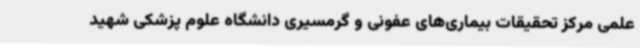
علمی مرکز تحقیقات بیماری‌های عفونی و گرمسیری دانشگاه علوم پزشکی شهید